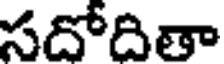
సదోదితా